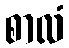
စာလံ